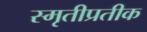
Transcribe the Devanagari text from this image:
स्मृतीप्रतीक